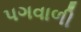
પગવાળી